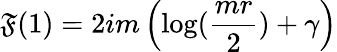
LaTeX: \mathfrak{F}(1)=2im\left(\log({\frac{{mr}}{{2}}})+\gamma\right)